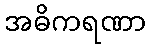
အဓိကရဏာ